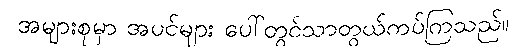
အများစုမှာ အပင်များ ပေါ်တွင်သာတွယ်ကပ်ကြသည်။